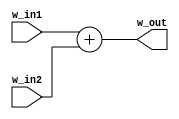
module m_adder(w_in1, w_in2, w_out);
  input wire [31:0] w_in1, w_in2;
  output wire [31:0] w_out;
  assign w_out = w_in1 + w_in2;
endmodule